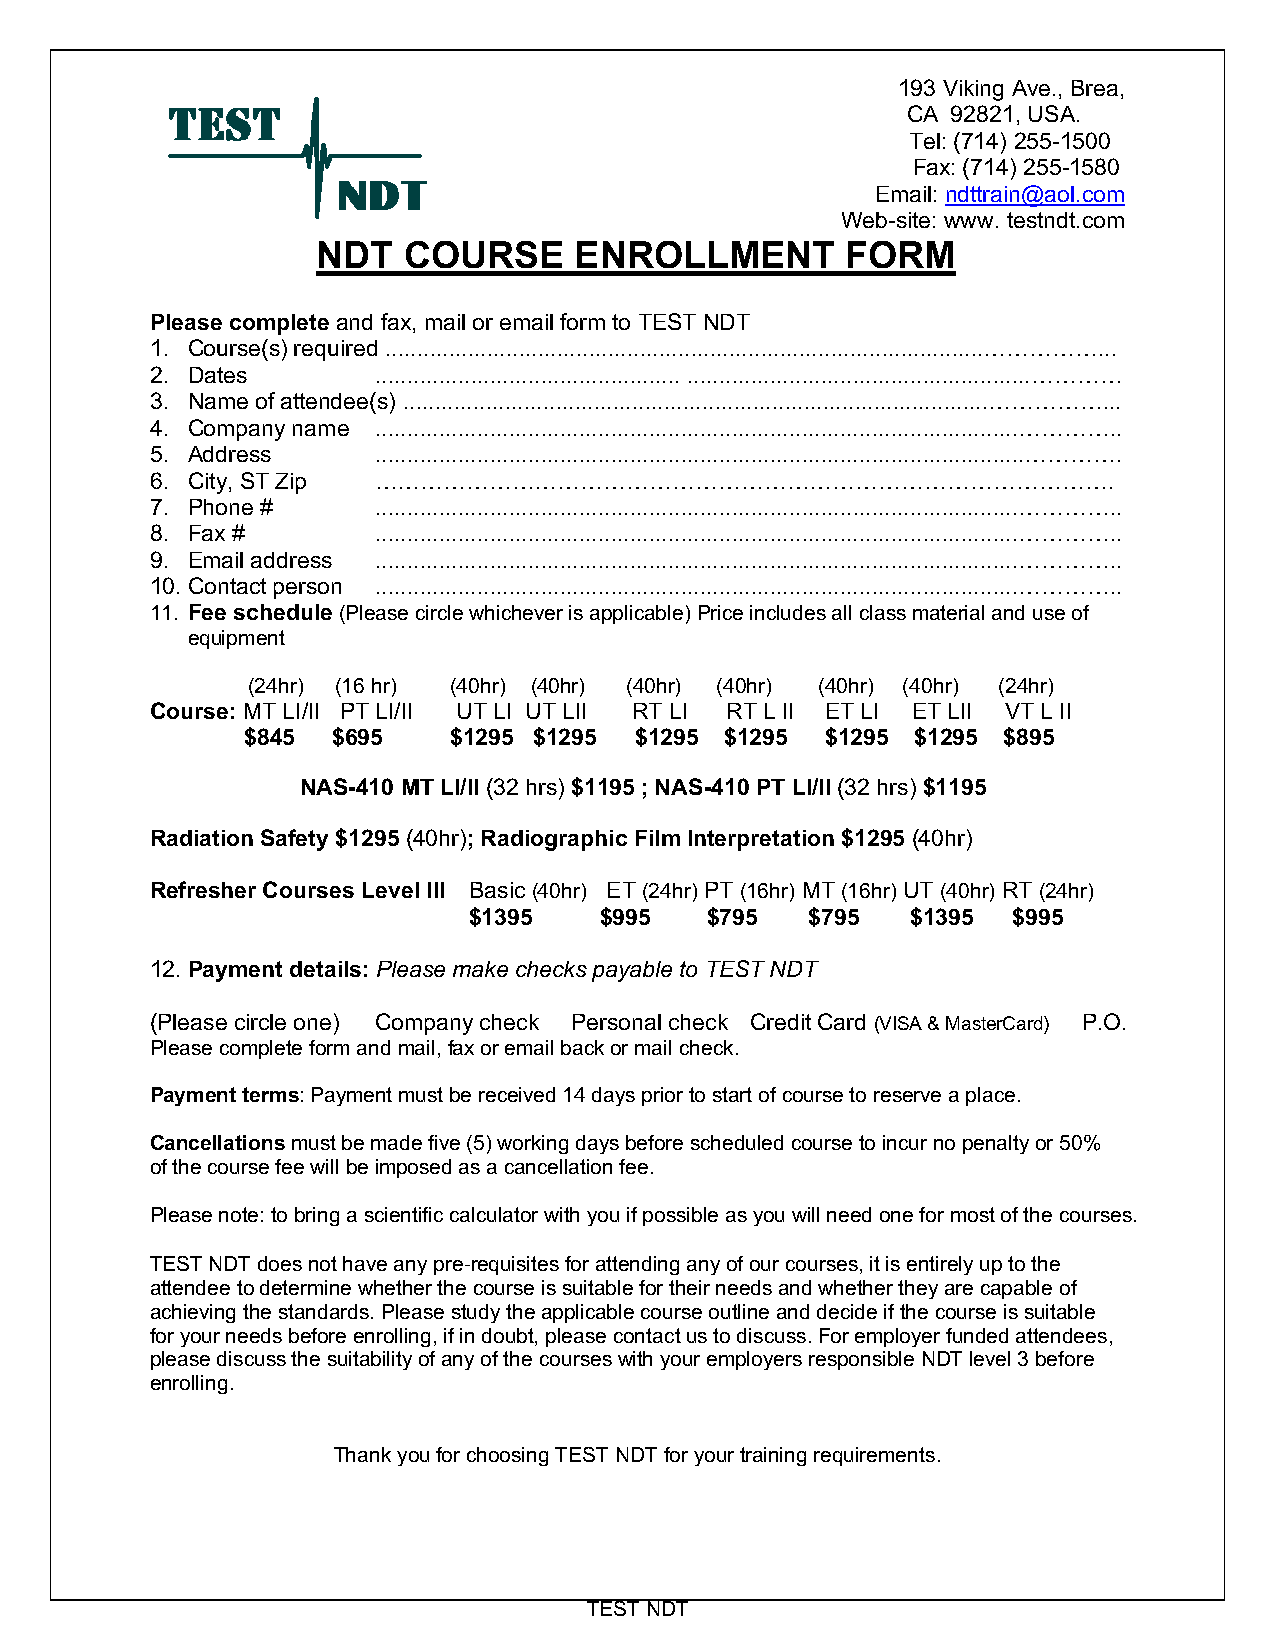
193 Viking Ave., Brea,
 CA 92821, USA.
 Tel: (714) 255-1500
 Fax: (714) 255-1580
 Email: ndttrain@aol.com
 Web-site: www. testndt.com
 NDT   COURSE     ENROLLMENT        FORM
 Please complete and fax, mail or email form to TEST NDT
 1. Course(s) required ..............................................................................................……………...
 2. Dates       ................................................ ......................................................…………
 3. Name of attendee(s) ............................................................................................……………...
 4. Company name .....................................................................................................…………..
 5. Address     ......................................................................................................………….
 6. City, ST Zip …………………………………………………………………………………….
 7. Phone #     .....................................................................................................…………..
 8. Fax #       .....................................................................................................…………..
 9. Email address .....................................................................................................…………..
 10. Contact person .....................................................................................................…………..
 11. Fee schedule (Please circle whichever is applicable) Price includes all class material and use of
 equipment
 (24hr) (16 hr) (40hr) (40hr) (40hr) (40hr) (40hr) (40hr) (24hr)
 Course: MT LI/II PT LI/II UT LI UT LII RT LI RT L II ET LI ET LII VT L II
 $845  $695    $1295 $1295 $1295 $1295  $1295 $1295 $895
 NAS-410 MT LI/II (32 hrs) $1195 ; NAS-410 PT LI/II (32 hrs) $1195
 Radiation Safety $1295 (40hr); Radiographic Film Interpretation $1295 (40hr)
 Refresher Courses Level III Basic (40hr) ET (24hr) PT (16hr) MT (16hr) UT (40hr) RT (24hr)
 $1395    $995   $795   $795  $1395  $995
 12. Payment details: Please make checks payable to TEST NDT
 (Please circle one) Company check Personal check Credit Card (VISA & MasterCard) P.O.
 Please complete form and mail, fax or email back or mail check.
 Payment terms: Payment must be received 14 days prior to start of course to reserve a place.
 Cancellations must be made five (5) working days before scheduled course to incur no penalty or 50%
 of the course fee will be imposed as a cancellation fee.
 Please note: to bring a scientific calculator with you if possible as you will need one for most of the courses.
 TEST NDT does not have any pre-requisites for attending any of our courses, it is entirely up to the
 attendee to determine whether the course is suitable for their needs and whether they are capable of
 achieving the standards. Please study the applicable course outline and decide if the course is suitable
 for your needs before enrolling, if in doubt, please contact us to discuss. For employer funded attendees,
 please discuss the suitability of any of the courses with your employers responsible NDT level 3 before
 enrolling.
 Thank you for choosing TEST NDT for your training requirements.
 TEST NDT